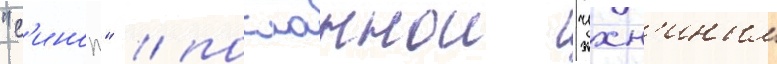
"с'иноп" / посланнои чухн'иным